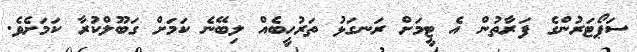
ސަޕޯޓަރުންގެ ފަރާތުން އެ ޓީމަށް ރަނގަޅު ތަރުހީބެއް ލިބޭނެ ކަމަށް ގަބޫލްކުރާ ކަމަށެވެ.